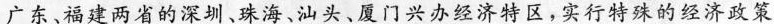
广东、福建两省的深圳、珠海、汕头、厦门兴办经济特区，实行特殊的经济政策